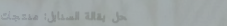
محل بقالة السنابل: منتجات